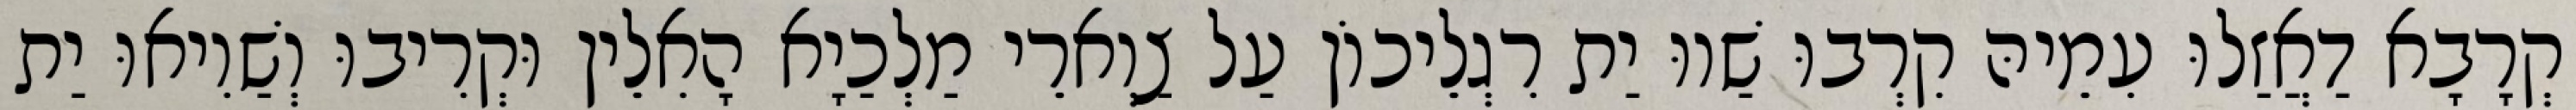
קְרָבָא דַאֲזַלוּ עִמֵיהּ קִרְבוּ שַׁווּ יַת רִגְלֵיכוֹן עַל צַוְארֵי מַלְכַיָא הָאִלֵין וּקְרִיבוּ וְשַׁוִיאוּ יַת